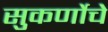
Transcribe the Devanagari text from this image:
सुकर्णोचे